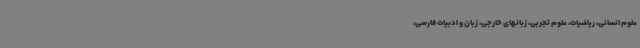
علوم انسانی، ریاضیات، علوم تجربی، زبانهای خارجی، زبان و ادبیات فارسی،